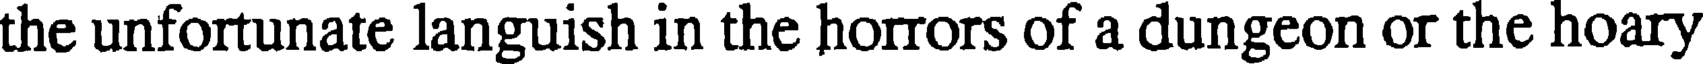
the unfortunate languish in the horrors of a dungeon or the hoary